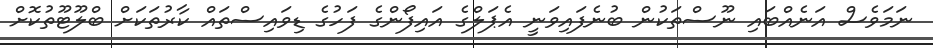
ނަމަވެސް އަނެއްބައި ނޫސްތަކުން ބުނެފައިވަނީ އެޕަލްގެ އައިފޯންގެ ފަހުގެ ޑިވައިސްތައް ކާރުތަކަށް ބްލޫޓޫތުކޮށް